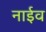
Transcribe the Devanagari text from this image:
नाईव